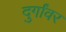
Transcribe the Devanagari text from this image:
दुर्गांवर